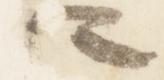
卿